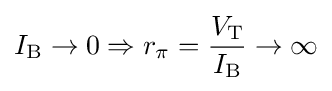
I_{\text{B}}\to 0\Rightarrow r_{\pi }={\frac {V_{\text{T}}}{I_{\text{B}}}}\to \infty